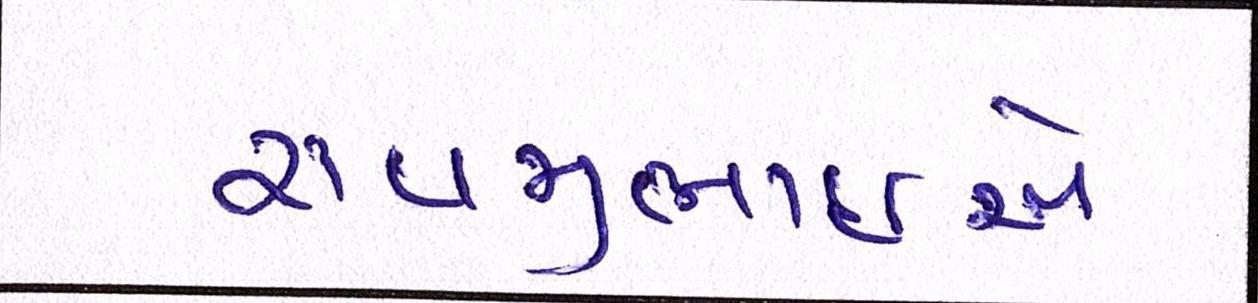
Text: રાવજીભાઈએ